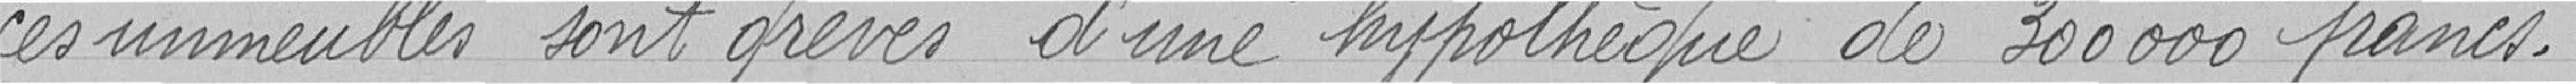
ces immeubles sont grevés d'une hypothèque de 300000 francs.